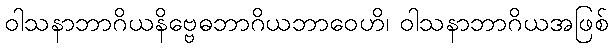
ဝါသနာဘာဂိယနိဗ္ဗေဓဘာဂိယဘာဝေဟိ၊ ဝါသနာဘာဂိယအဖြစ်